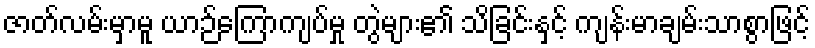
ဇာတ်လမ်းမှာမူ ယာဉ်ကြောကျပ်မှု တွဲများ၏ သိခြင်းနှင့် ကျန်းမာချမ်းသာစွာဖြင့်